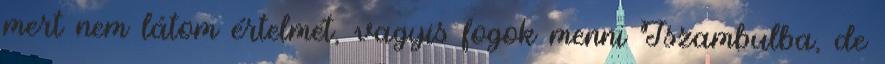
mert nem látom értelmét, vagyis fogok menni Iszambulba, de